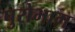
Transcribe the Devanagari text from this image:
पुरोभाग